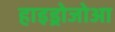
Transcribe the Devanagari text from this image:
हाइड्रोजोआ